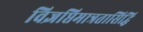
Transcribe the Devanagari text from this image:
विज्ञप्तिमात्रतासिद्धि